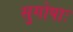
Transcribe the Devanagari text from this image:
सुगोपाः